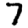
Digit: 7